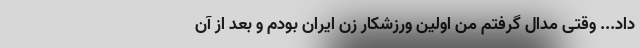
داد... وقتی مدال گرفتم من اولین ورزشکار زن ایران بودم و بعد از آن